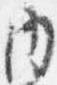
内